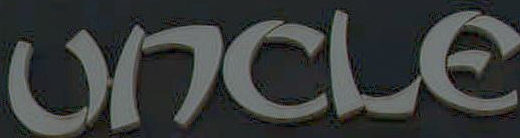
UNCLE